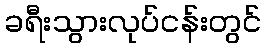
ခရီးသွားလုပ်ငန်းတွင်